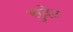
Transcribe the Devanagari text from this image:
सुदेट